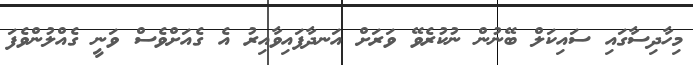
މިހާދިސާގައި ސައިކަލް ބޭނުން ނުކުރެވޭ ވަރަށް އަނދާފައިވާއިރު އެ ގެއަށްވެސް ވަނީ ގެއްލުންވެފަ